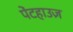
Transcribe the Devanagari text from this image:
पेंटहाउज़